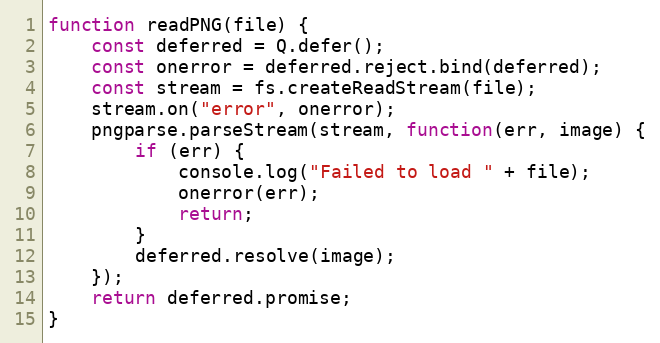
Language: JavaScript
function readPNG(file) {
    const deferred = Q.defer();
    const onerror = deferred.reject.bind(deferred);
    const stream = fs.createReadStream(file);
    stream.on("error", onerror);
    pngparse.parseStream(stream, function(err, image) {
        if (err) {
            console.log("Failed to load " + file);
            onerror(err);
            return;
        }
        deferred.resolve(image);
    });
    return deferred.promise;
}